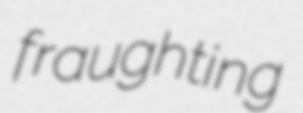
fraughting